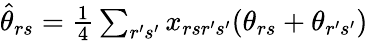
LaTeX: \begin{array}{r}{\hat{\theta}_{rs}=\frac{1}{4}\sum_{r^{\prime}s^{\prime}}x_{rsr^{\prime}s^{\prime}}(\theta_{rs}+\theta_{r^{\prime}s^{\prime}})}\end{array}